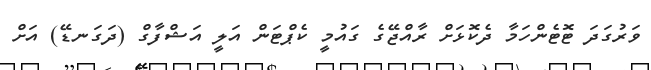
ވަރުގަދަ ޓޮޓެންހަމާ ދެކޮޅަށް ރާއްޖޭގެ ގައުމީ ކެޕްޓަން އަލީ އަޝްފާގް (ދަގަނޑޭ) އަށް